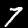
Digit: 7